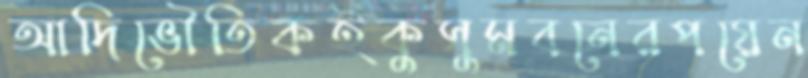
আদিভৌতিকইকুসুমবনেরপয়েন